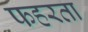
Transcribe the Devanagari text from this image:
फहरता